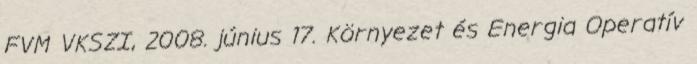
FVM VKSZI, 2008. június 17. Környezet és Energia Operatív